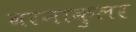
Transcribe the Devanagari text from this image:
वरनाकुलर